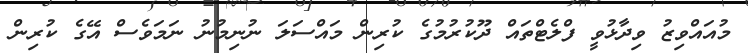
މުއައްވިޒު ވިދާޅުވީ ފްލެޓްތައް ދޫކުރުމުގެ ކުރިން މައްސަލަ ނުނިމުނު ނަމަވެސް އޭގެ ކުރިން